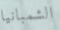
الشمبانيا